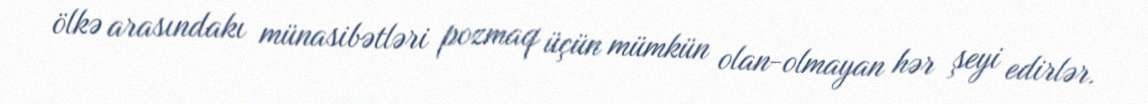
ölkə arasındakı münasibətləri pozmaq üçün mümkün olan-olmayan hər şeyi edirlər.